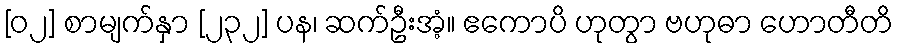
[၀၂] စာမျက်နှာ [၂၃၂] ပန၊ ဆက်ဦးအံ့။ ဧကောပိ ဟုတွာ ဗဟုဓာ ဟောတီတိ